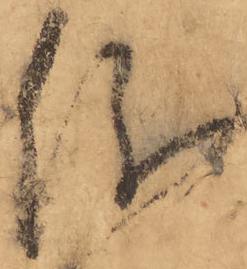
儀